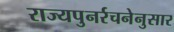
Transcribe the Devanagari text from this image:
राज्यपुनर्रचनेनुसार